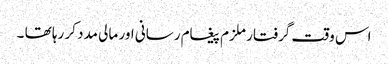
اس وقت گرفتار ملزم پیغام رسانی اور مالی مدد کر رہا تھا ۔